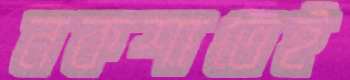
নকশাতেই